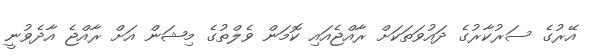
އޭރުގެ ސަރުކާރުގެ ދައުވަތަކަށް ރާއްޖެއައި ކޮމަން ވެލްތުގެ މިޝަން އަށް ރާއްޖެ އާދެވުނީ